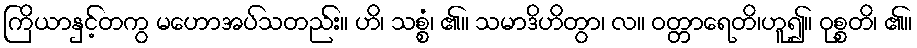
ကြိယာနှင့်တကွ မဟောအပ်သတည်း။ ဟိ၊ သစ္စံ၊ ၏။ သမာဒိဟိတွာ၊ လ။ ဝတ္တာရေတိ၊ဟူ၍။ ဝုစ္စတိ၊ ၏။